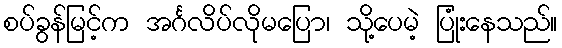
စပ်ခွန်မြင့်က အင်္ဂလိပ်လိုမပြော၊ သို့ပေမဲ့ ပြုံးနေသည်။